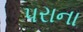
પરાના